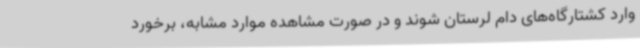
وارد کشتارگاه‌های دام لرستان شوند و در صورت مشاهده موارد مشابه، برخورد